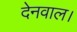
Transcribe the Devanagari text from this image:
देनवाल।